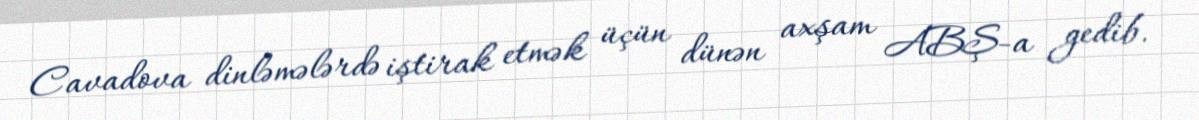
Cavadova dinləmələrdə iştirak etmək üçün dünən axşam ABŞ-a gedib.